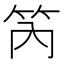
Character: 笍